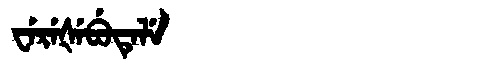
Manchu: ᠸᡝᡵᡝᡧᡝᠪᡠᡨᡝᠯᡝ
Romanization: WEREŠEBUTELE